Indian journal of veterinary science and animal husbandry - Volumes 18-21, 1948-1951
Year: 1948
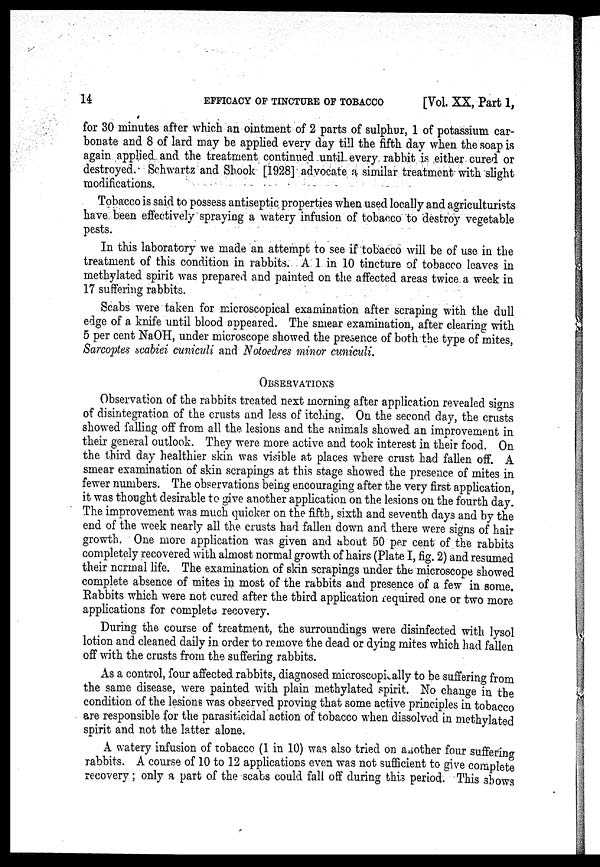
14
EFFICACY OF TINCTURE OF TOBACCO
[Vol. XX, Part 1,
for 30 minutes after which an ointment of 2 parts of sulphur, 1 of potassium car-
bonate and 8 of lard may be applied every day till the fifth day when the soap is
again applied and the treatment continued until every rabbit is either cured or
destroyed. Schwartz and Shook [1928] advocate a similar treatment with slight
modifications.
Tobacco is said to possess antiseptic properties when used locally and agriculturists
have been effectively spraying a watery infusion of tobacco to destroy vegetable
pests.
In this laboratory we made an attempt to see if tobacco will be of use in the
treatment of this condition in rabbits. A 1 in 10 tincture of tobacco leaves in
methylated spirit was prepared and painted on the affected areas twice a week in
17 suffering rabbits.
Scabs were taken for microscopical examination after scraping with the dull
edge of a knife until blood appeared. The smear examination, after clearing with
5 per cent NaOH, under microscope showed the presence of both the type of mites,
Sarcoptes scabiei cuniculi and Notoedres minor cuniculi.
OBSERVATIONS
Observation of the rabbits treated next morning after application revealed signs
of disintegration of the crusts and less of itching. On the second day, the crusts
showed falling off from all the. lesions and the animals showed an improvement in
their general outlook. They were more active and took interest in their food. On
the third day healthier skin was visible at places where crust had fallen off. A
smear examination of skin scrapings at this stage showed the presence of mites in
fewer numbers. The observations being encouraging after the very first application,
it was thought desirable to give another application on the lesions on the fourth day.
The improvement was much quicker on the fifth, sixth and seventh days and by the
end of the week nearly all the crusts had fallen down and there were signs of hair
growth. One more application was given and about 50 per cent of the rabbits
completely recovered with almost normal growth of hairs (Plate I, fig. 2) and resumed
their normal life. The examination of skin scrapings under the microscope showed
complete absence of mites in most of the rabbits and presence of a few in some.
Rabbits which were not cured after the third application required one or two more
applications for complete recovery.
During the course of treatment, the surroundings were disinfected with lysol
lotion and cleaned daily in order to remove the dead or dying mites which had fallen
off with the crusts from the suffering rabbits.
As a control, four affected rabbits, diagnosed microscopically to be suffering from
the same disease, were painted with plain methylated spirit. No change in the
condition of the lesions was observed proving that some active principles in tobacco
are responsible for the parasiticidal action of tobacco when dissolved in methylated
spirit and not the latter alone.
A watery infusion of tobacco (1 in 10) was also tried on another four suffering
rabbits. A course of 10 to 12 applications even was not sufficient to give complete
recovery; only a part of the scabs could fall off during this period. This shows